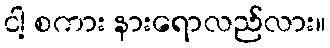
ငါ့ စကား နားရောလည်လား။